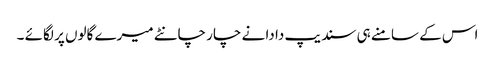
اس کے سامنے ہی سندیپ دا دا نے چار چانٹے میرے گالوں پر لگائے ۔